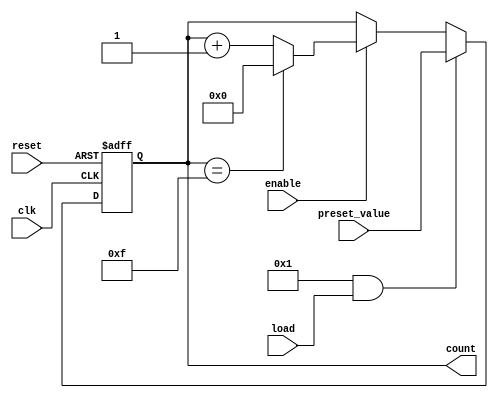
module parameterized_counter #(
    parameter WIDTH = 4,               // Width of the counter (number of bits)
    parameter COUNT_DIR = 1,           // 1 for up count, 0 for down count
    parameter LOAD_ENABLE = 1           // 1 to enable loading preset value
)(
    input wire clk,                    // Clock signal
    input wire reset,                  // Active-high reset signal
    input wire load,                   // Active-high load signal
    input wire [WIDTH-1:0] preset_value, // Value to load into the counter
    input wire enable,                 // Counting enable signal
    output reg [WIDTH-1:0] count       // Current value of the counter
);

    localparam MAX_COUNT = (1 << WIDTH) - 1; // Maximum count value

    always @(posedge clk or posedge reset) begin
        if (reset) begin
            count <= 0; // Reset counter to zero
        end else if (LOAD_ENABLE && load) begin
            count <= preset_value; // Load preset value
        end else if (enable) begin
            if (COUNT_DIR) begin
                // Count up
                if (count == MAX_COUNT) begin
                    count <= 0; // Wrap around to zero
                end else begin
                    count <= count + 1; // Increment counter
                end
            end else begin
                // Count down
                if (count == 0) begin
                    count <= MAX_COUNT; // Wrap around to MAX_COUNT
                end else begin
                    count <= count - 1; // Decrement counter
                end
            end
        end
        // If enable is low, the counter holds its current value
    end

endmodule